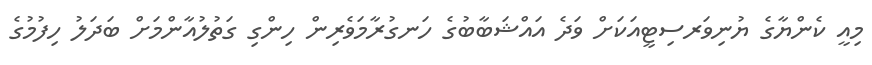
މިއީ ކެންޔާގެ ޔުނިވަރސިޓީއަކަށް ވަދެ އައްޝަބާބުގެ ހަނގުރާމަވެރިން ހިންގި ގަތުލުއާންމަށް ބަދަލު ހިފުމުގެ